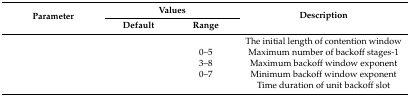
<table><thead><tr><td rowspan="2"><b>Parameter</b></td><td colspan="2"><b>Values</b></td><td rowspan="2"><b>Description</b></td></tr><tr><td><b>Default</b></td><td><b>Range</b></td></tr></thead><tbody><tr><td>[EMPTY_CELL]</td><td>[EMPTY_CELL]</td><td>[EMPTY_CELL]</td><td>The initial length of contention window</td></tr><tr><td>[EMPTY_CELL]</td><td>[EMPTY_CELL]</td><td>0–5</td><td>Maximum number of backoff stages-1</td></tr><tr><td>[EMPTY_CELL]</td><td>[EMPTY_CELL]</td><td>3–8</td><td>Maximum backoff window exponent</td></tr><tr><td>[EMPTY_CELL]</td><td>[EMPTY_CELL]</td><td>0–7</td><td>Minimum backoff window exponent</td></tr><tr><td>[EMPTY_CELL]</td><td>[EMPTY_CELL]</td><td>[EMPTY_CELL]</td><td>Time duration of unit backoff slot</td></tr></tbody></table>